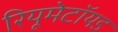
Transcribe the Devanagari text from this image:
रियूमेटॉयड